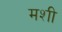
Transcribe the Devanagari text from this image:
मशी